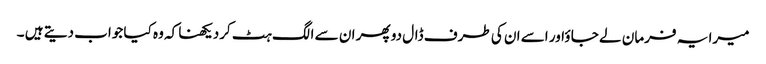
میرا یہ فرمان لے جا ؤاور اسے ان کی طرف ڈال دو پھر ان سے الگ ہٹ کردیکھنا کہ وہ کیا جواب دیتے ہیں ۔